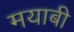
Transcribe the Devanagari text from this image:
मयाबी